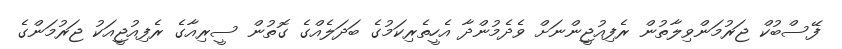
ފޭސްބުކް ޖަރުމަންވިލާތުން ރެފިއުޖީންނަށް ވެދެމުންދާ އެހީތެރިކަމުގެ ބަދަލެއްގެ ގޮތުން ސީރިއާގެ ރެފިއުޖީއަކު ޖަރުމަންގެ